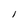
Character: 1